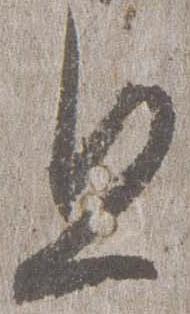
旦